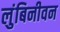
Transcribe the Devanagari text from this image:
लुंबिनीवन